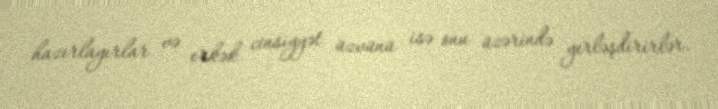
hazırlayırlar və erkək cinsiyyət üzvünü isə onu üzərində yerləşdirirlər.